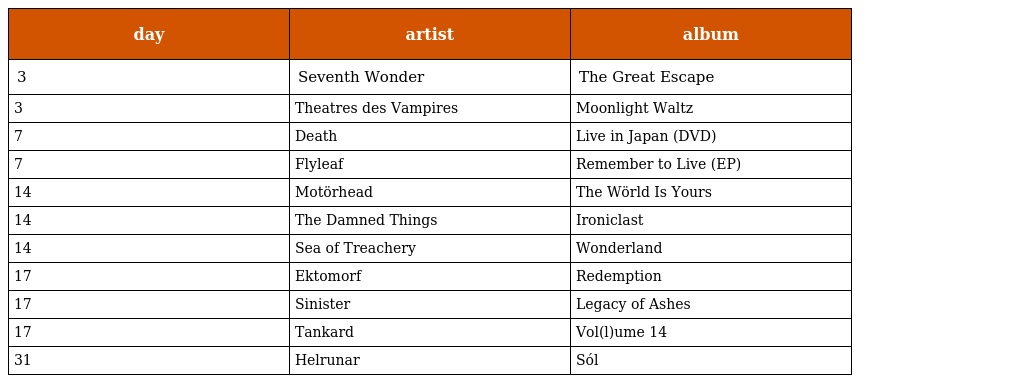
| day | artist | album |
 | --- | --- | --- |
 | 3 | Seventh Wonder | The Great Escape |
 | 3 | Theatres des Vampires | Moonlight Waltz |
 | 7 | Death | Live in Japan (DVD) |
 | 7 | Flyleaf | Remember to Live (EP) |
 | 14 | Motörhead | The Wörld Is Yours |
 | 14 | The Damned Things | Ironiclast |
 | 14 | Sea of Treachery | Wonderland |
 | 17 | Ektomorf | Redemption |
 | 17 | Sinister | Legacy of Ashes |
 | 17 | Tankard | Vol(l)ume 14 |
 | 31 | Helrunar | Sól |